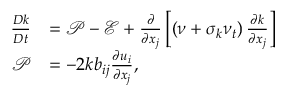
\begin{array} { r l } { \frac { D k } { D t } } & { = \mathcal { P } - \mathcal { E } + \frac { \partial } { \partial x _ { j } } \left[ \left( \nu + \sigma _ { k } \nu _ { t } \right) \frac { \partial k } { \partial x _ { j } } \right] } \\ { \mathcal { P } } & { = { - 2 k } b _ { i j } \frac { \partial u _ { i } } { \partial x _ { j } } \mathrm { , } } \end{array}